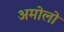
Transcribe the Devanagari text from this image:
अमोलो